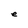
Character: e